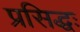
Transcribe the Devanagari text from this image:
प्रसिद्धः